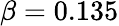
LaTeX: \beta=0.135